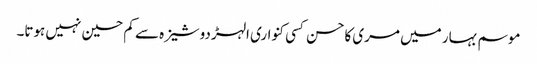
موسم بہار میں مری کاحسن کسی کنواری الہڑ دوشیزہ سے کم حسین نہیں ہوتا۔